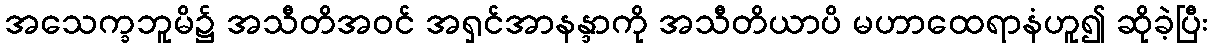
အသေက္ခဘူမိ၌ အသီတိအဝင် အရှင်အာနန္ဒာကို အသီတိယာပိ မဟာထေရာနံဟူ၍ ဆိုခဲ့ပြီး